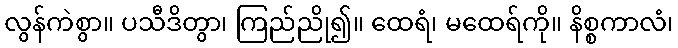
လွန်ကဲစွာ။ ပသီဒိတွာ၊ ကြည်ညို၍။ ထေရံ၊ မထေရ်ကို။ နိစ္စကာလံ၊